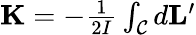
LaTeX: \begin{array}{r}{\mathbf{K}=-\frac{1}{2I}\int_{\mathcal{C}}d\mathbf{L}^{\prime}}\end{array}